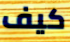
كيف